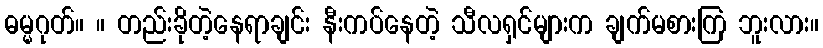
ဓမ္မဂုတ်။ ။ တည်းခိုတဲ့နေရာချင်း နီးကပ်နေတဲ့ သီလရှင်များက ချက်မစားကြ ဘူးလား။